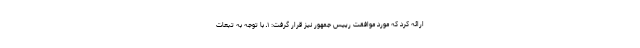
ارائه کرد که مورد موافقت رییس جمهور نیز قرار گرفت: ۱ـ با توجه به تبعات